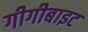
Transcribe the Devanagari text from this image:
गीगीबाइट